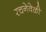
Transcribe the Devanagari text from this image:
रचनेवेळी